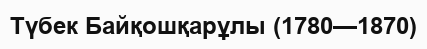
Түбек Байқошқарұлы (1780—1870)